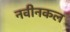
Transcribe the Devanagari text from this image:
नवीनकल